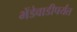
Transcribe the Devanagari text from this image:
भेंडेवाडीपर्यंत